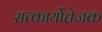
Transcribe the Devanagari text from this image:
सत्कार्योत्तेजक